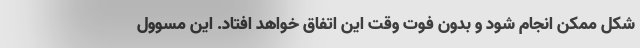
شکل ممکن انجام شود و بدون فوت وقت این اتفاق خواهد افتاد. این مسوول